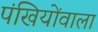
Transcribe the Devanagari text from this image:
पंखियोंवाला